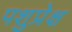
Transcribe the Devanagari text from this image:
पशुप्रेक्ष